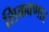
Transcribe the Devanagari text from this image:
शिकवणार